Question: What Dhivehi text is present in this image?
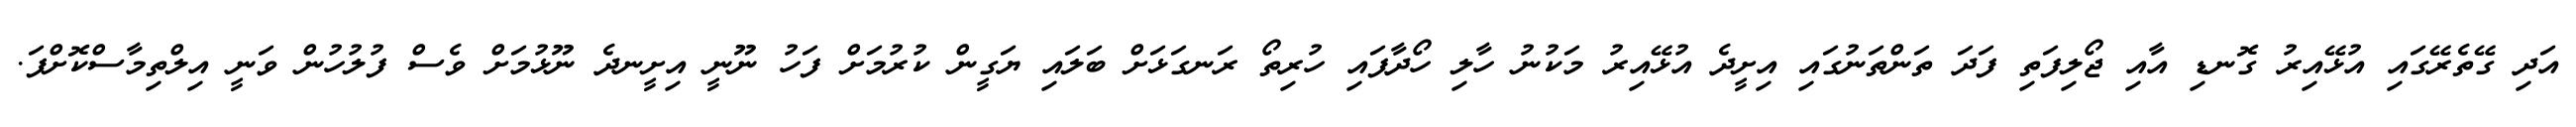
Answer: އަދި ގޭތެރޭގައި އުޅޭއިރު ގޮނޑި އާއި ޖޯލިފަތި ފަދަ ތަންތަނުގައި އިށީދެ އުޅޭއިރު މަކުނު ހާލި ހޯދާފައި ހުރިތޯ ރަނގަޅަށް ބަލައި ޔަގީން ކުރުމަށް ފަހު ނޫނީ އިށީނދެ ނޫޅުމަށް ވެސް ފުލުހުން ވަނީ އިލްތިމާސްކޮށްފަ.